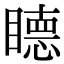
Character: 𥊸